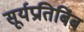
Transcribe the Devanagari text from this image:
सूर्यप्रतिबिंब